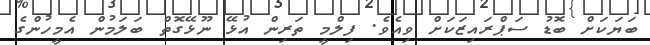
ބަޔަކަށް ބޮޑު ސަޕްރައިޒަކަށް ވިއެވެ. ފިލްމީ ތަރިން އުޅޭ ނޫޅޭގޮތް ބަލަމުން އެމީހުންގެ